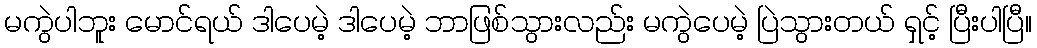
မကွဲပါဘူး မောင်ရယ် ဒါပေမဲ့ ဒါပေမဲ့ ဘာဖြစ်သွားလည်း မကွဲပေမဲ့ ပြဲသွားတယ် ရှင့် ပြီးပါပြီ။